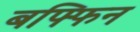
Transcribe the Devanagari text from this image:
बफ्फिन